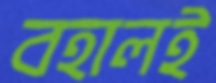
বহালই